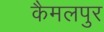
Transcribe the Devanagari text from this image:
कैमलपुर